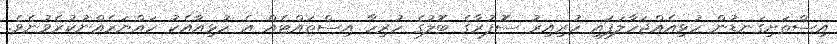
އިސްތަށިގަނޑުން ހުޅިއެއްޖަހާލަފައި ހުރިއިރު ސޮފުރާގެ ބޮލުގެ ހުރިހާ އިސްތައްޓެއް އެ ހުޅިއާއެކު ހައްޔަރެއްނުކުރެވުނެވެ.